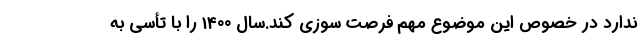
ندارد در خصوص این موضوع مهم فرصت سوزی کند.سال 1400 را با تأسی به